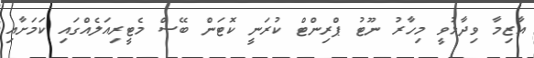
އާޒިމާ ވިދާޅުވީ މިހާރު ނޫޓު ޕްރިންޓް ކުރަނީ ކޮޓަން ބޭސް މެޓީރިއަލެއްގައި ކަމަށާއި